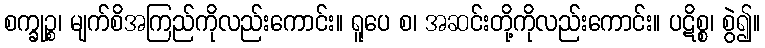
စက္ခုဉ္စ၊ မျက်စိအကြည်ကိုလည်းကောင်း။ ရူပေ စ၊ အဆင်းတို့ကိုလည်းကောင်း။ ပဋိစ္စ၊ စွဲ၍။